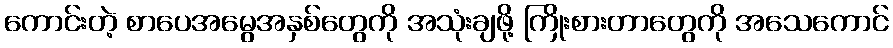
ကောင်းတဲ့ စာပေအမွေအနှစ်တွေကို အသုံးချဖို့ ကြိုးစားတာတွေကို အသေကောင်